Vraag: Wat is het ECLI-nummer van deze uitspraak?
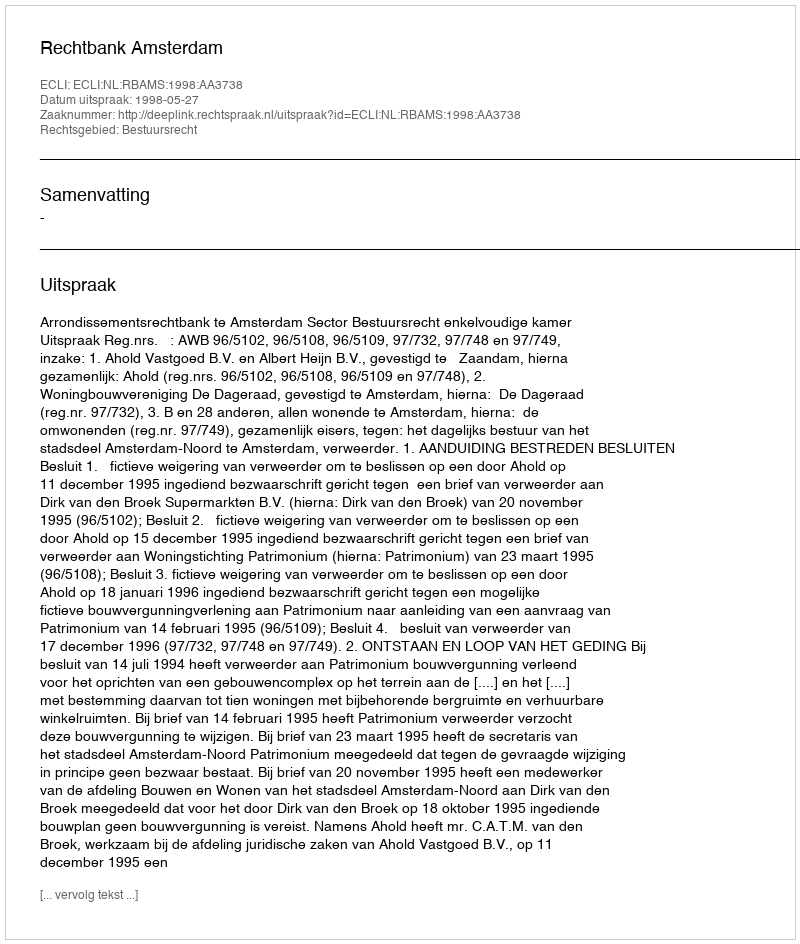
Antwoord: ECLI:NL:RBAMS:1998:AA3738